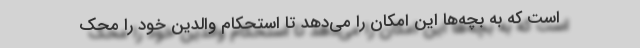
است که به بچه‌ها این امکان را می‌‌دهد تا استحکام والدین خود را محک